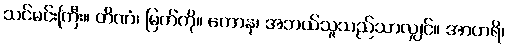
သင်မင်းကြီး။ တိဏံ၊ မြက်ကို။ ကောနု၊ အဘယ်သူသည်သာလျှင်။ အာဟရိ၊